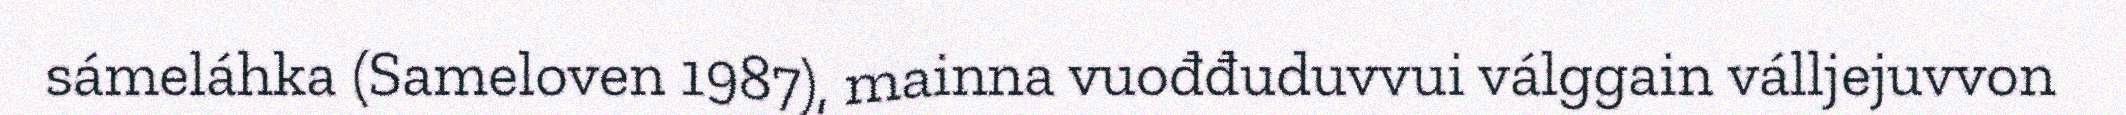
sámeláhka (Sameloven 1987), mainna vuođđuduvvui válggain válljejuvvon